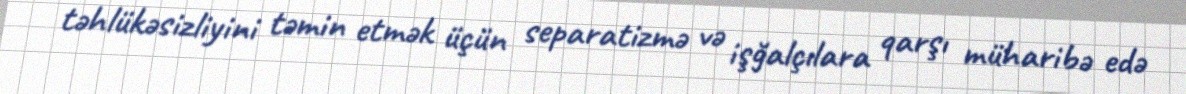
təhlükəsizliyini təmin etmək üçün separatizmə və işğalçılara qarşı müharibə edə